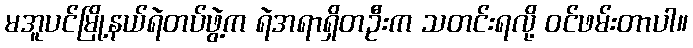
မအူပင်မြို့နယ်ရဲတပ်ဖွဲ့က ရဲအရာရှိတဦးက သတင်းရလို့ ဝင်ဖမ်းတာပါ။